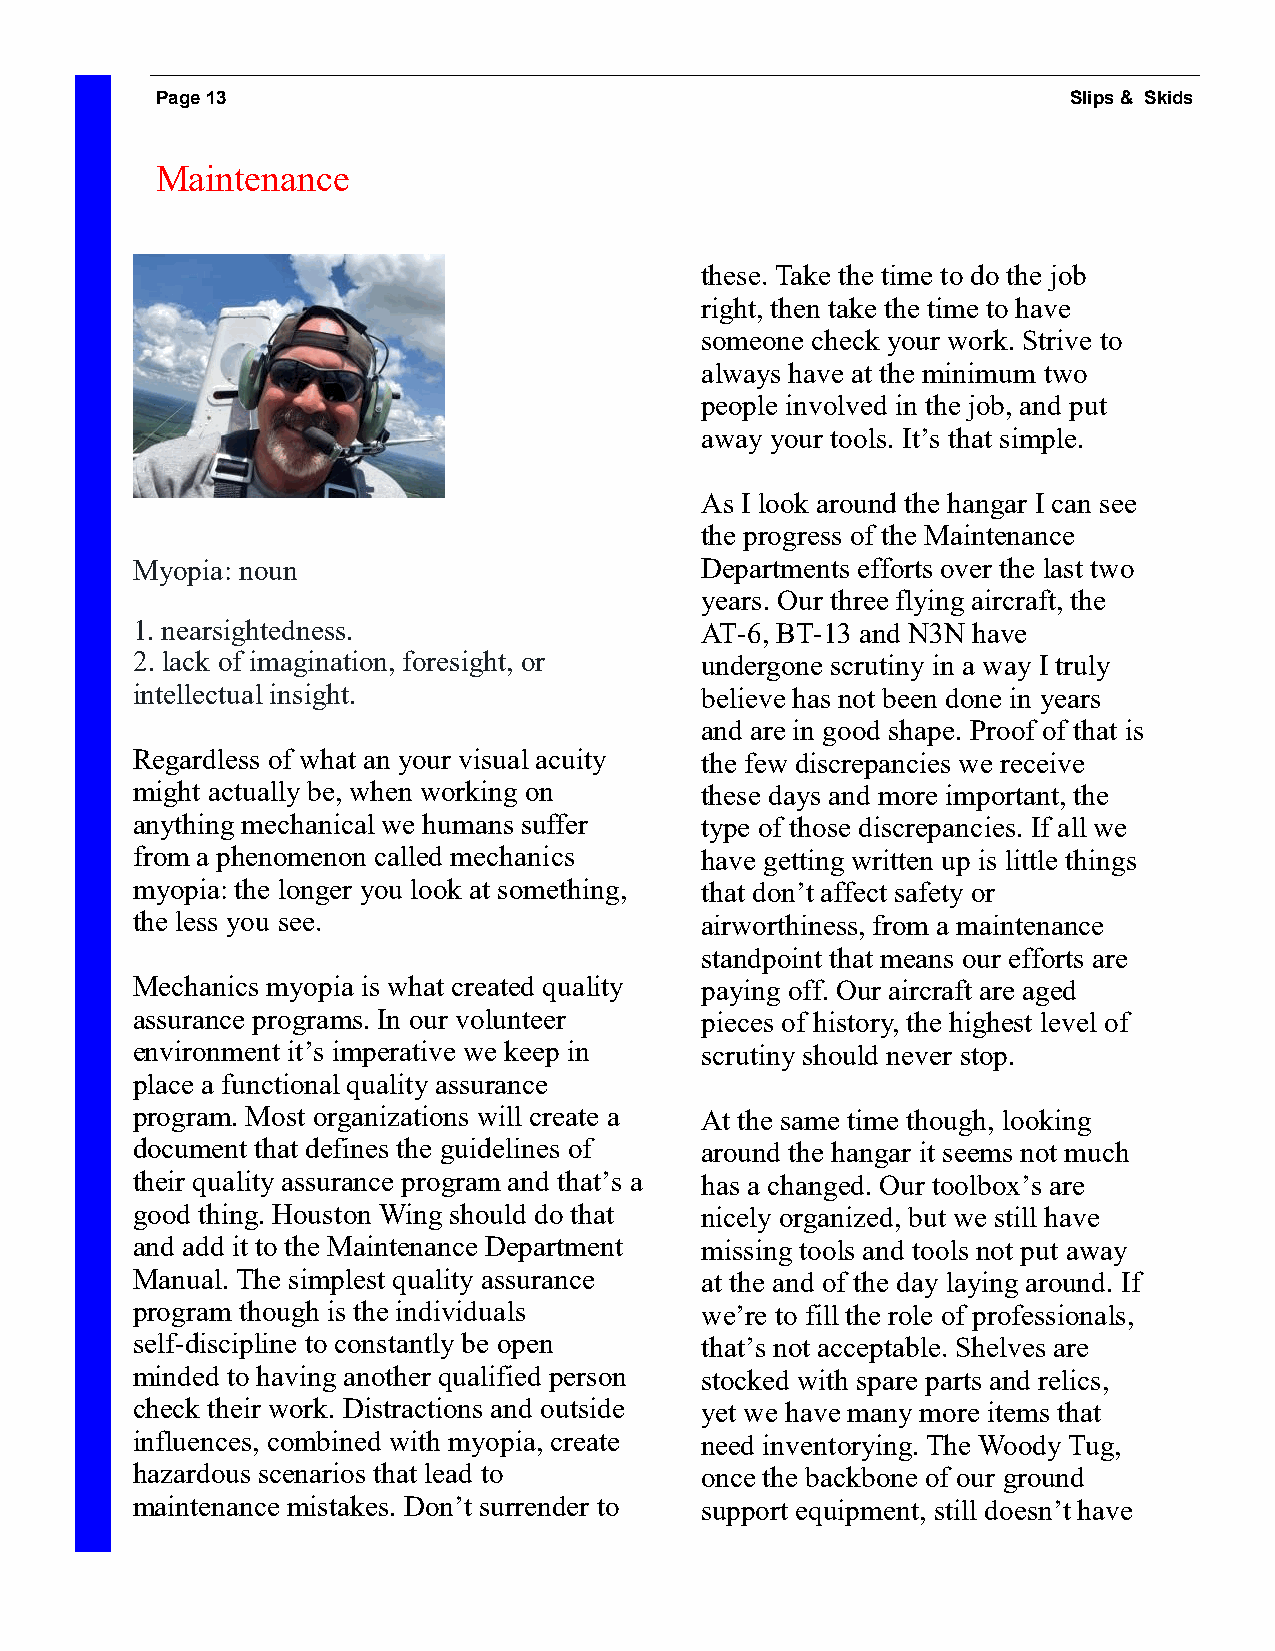
Page 13                                                      Slips & Skids
 Maintenance
 these. Take the time to do the job
 right, then take the time to have
 someone check your work. Strive to
 always have at the minimum two
 people involved in the job, and put
 away your tools. It’s that simple.
 As I look around the hangar I can see
 the progress of the Maintenance
 Myopia: noun                         Departments efforts over the last two
 years. Our three flying aircraft, the
 1. nearsightedness.                  AT-6, BT-13 and N3N have
 2. lack of imagination, foresight, or undergone scrutiny in a way I truly
 intellectual insight.                believe has not been done in years
 and are in good shape. Proof of that is
 Regardless of what an your visual acuity the few discrepancies we receive
 might actually be, when working on   these days and more important, the
 anything mechanical we humans suffer type of those discrepancies. If all we
 from a phenomenon called mechanics   have getting written up is little things
 myopia: the longer you look at something, that don’t affect safety or
 the less you see.                    airworthiness, from a maintenance
 standpoint that means our efforts are
 Mechanics myopia is what created quality paying off. Our aircraft are aged
 assurance programs. In our volunteer pieces of history, the highest level of
 environment it’s imperative we keep in scrutiny should never stop.
 place a functional quality assurance
 program. Most organizations will create a At the same time though, looking
 document that defines the guidelines of around the hangar it seems not much
 their quality assurance program and that’s a has a changed. Our toolbox’s are
 good thing. Houston Wing should do that nicely organized, but we still have
 and add it to the Maintenance Department missing tools and tools not put away
 Manual. The simplest quality assurance at the and of the day laying around. If
 program though is the individuals    we’re to fill the role of professionals,
 self-discipline to constantly be open that’s not acceptable. Shelves are
 minded to having another qualified person stocked with spare parts and relics,
 check their work. Distractions and outside yet we have many more items that
 influences, combined with myopia, create need inventorying. The Woody Tug,
 hazardous scenarios that lead to     once the backbone of our ground
 maintenance mistakes. Don’t surrender to support equipment, still doesn’t have